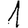
Digit: 1